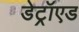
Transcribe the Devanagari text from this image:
डेट्रॉएड